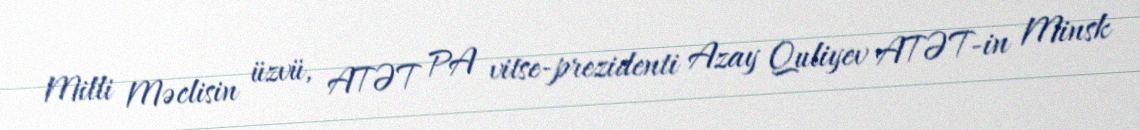
Milli Məclisin üzvü, ATƏT PA vitse-prezidenti Azay Quliyev ATƏT-in Minsk